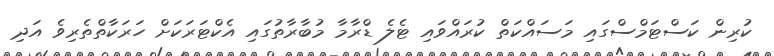
ކުރިން ކަސްޓަމްސްގައި މަސައްކަތް ކުރައްވައި ޓެލެ ޑްރާމާ މުބާރާތުގައި އެކްޓަރަކަށް ހަރަކާތްތެރިވެ އަދި